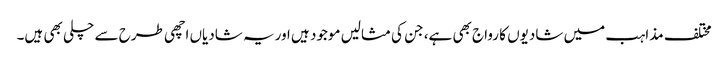
مختلف مذاہب میں شادیوں کا رواج بھی ہے، جن کی مثالیں موجود ہیں اوریہ شادیاں اچھی طرح سے چلی بھی ہیں۔